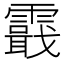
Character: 霵